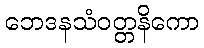
ဘေဒနသံဝတ္တနိကော